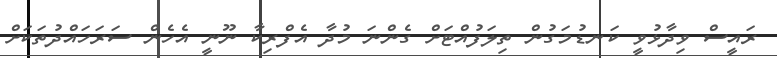
ރައީސް ވިދާޅުވީ ކަނޑުމަގުން ތިލަފުއްޓަށް ގެންނަ މުދާ އެފްރިކާ ނޫނީ އެހެން ސަރަހައްދުތަކަށް